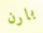
بارن